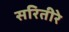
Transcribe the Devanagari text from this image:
सरितीरे